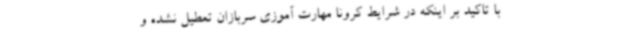
با تاکید بر اینکه در شرایط کرونا مهارت آموزی سربازان تعطیل نشده و